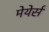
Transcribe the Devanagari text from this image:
मेयेर्स